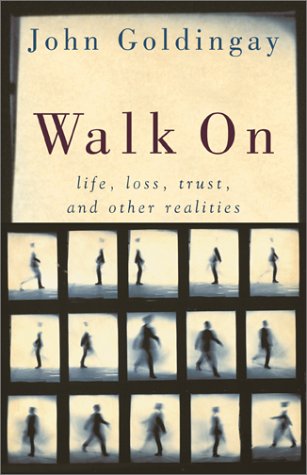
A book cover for Walk on: Life, Loss, Trust, and Other Realities; John Goldingay; Health, Fitness & Dieting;